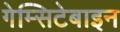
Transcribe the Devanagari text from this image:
गेम्सिटेबाइन